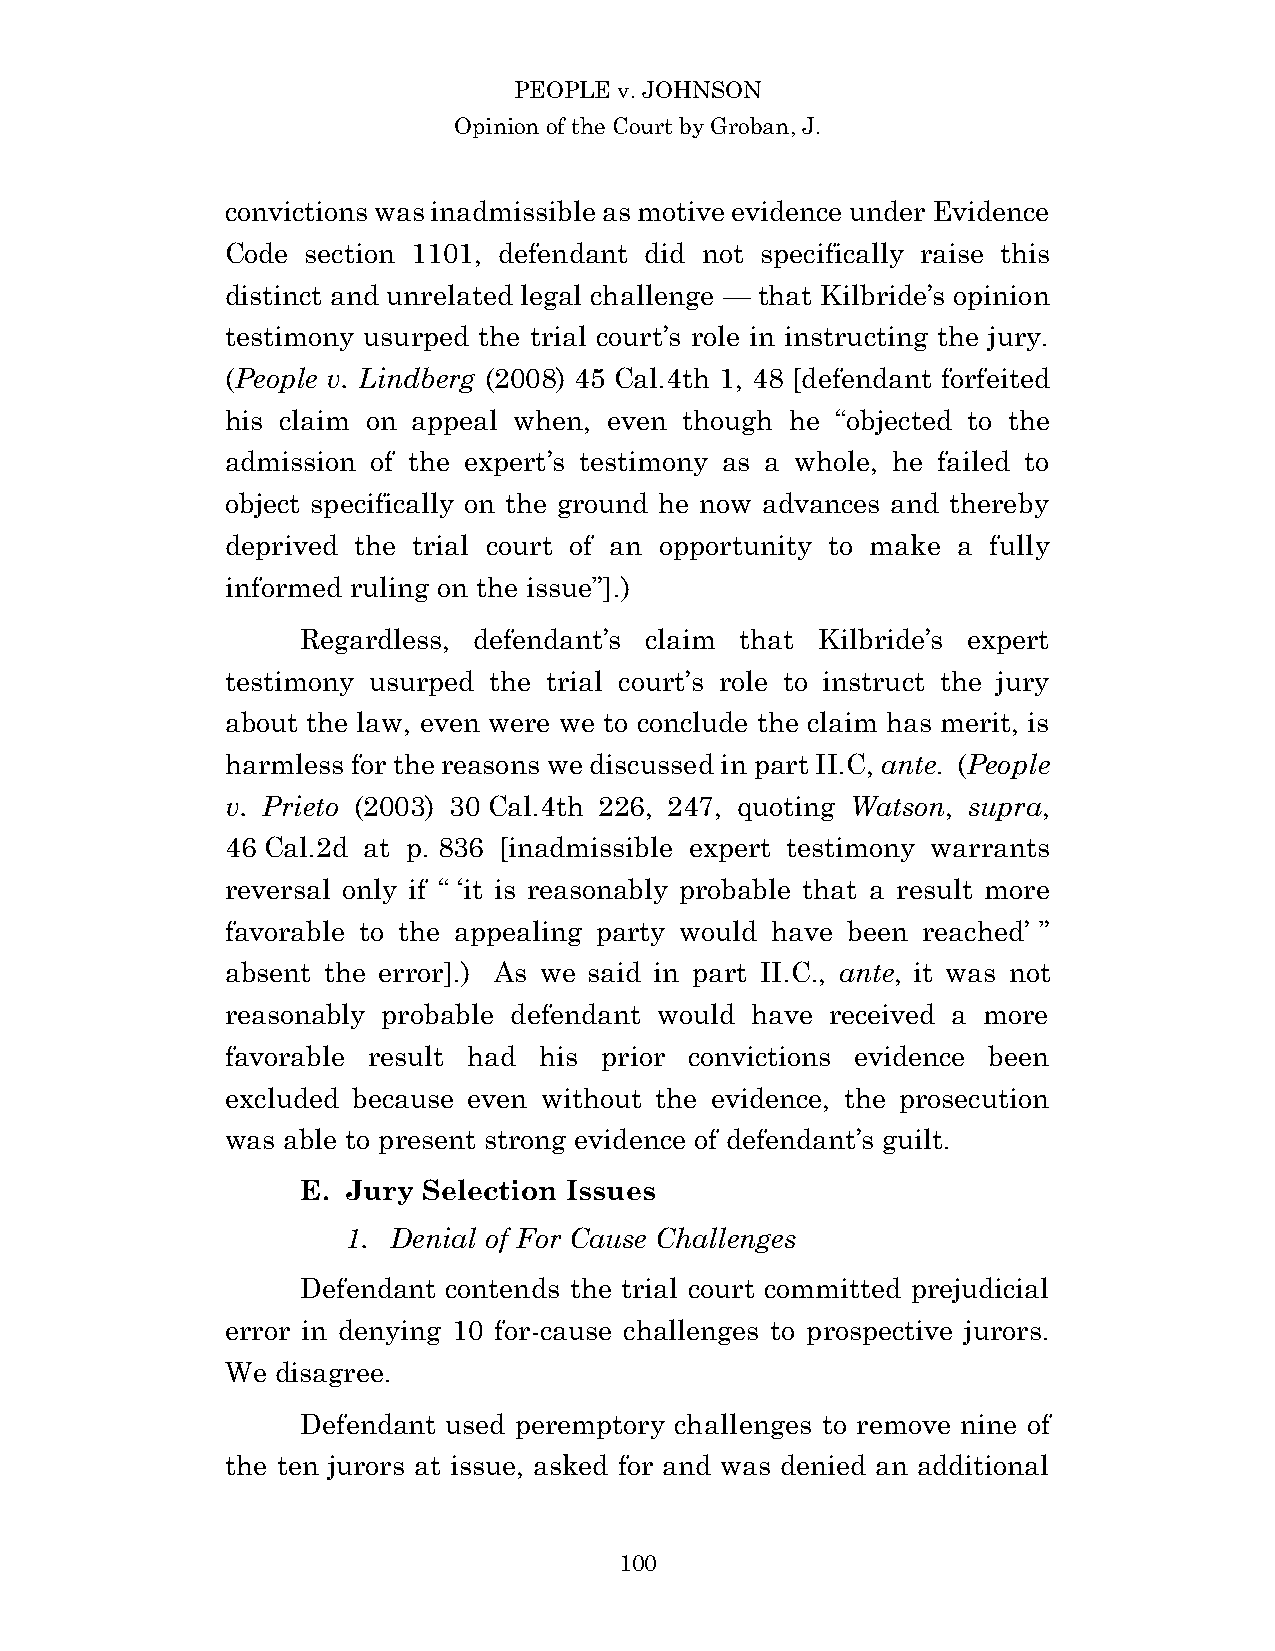
PEOPLE v. JOHNSON
 Opinion of the Court by Groban, J.
 convictions was inadmissible as motive evidence under Evidence
 Code section 1101, defendant did not specifically raise this
 distinct and unrelated legal challenge — that Kilbride’s opinion
 testimony usurped the trial court’s role in instructing the jury.
 (People v. Lindberg (2008) 45 Cal.4th 1, 48 [defendant forfeited
 his claim on appeal when, even though he “objected to the
 admission of the expert’s testimony as a whole, he failed to
 object specifically on the ground he now advances and thereby
 deprived the trial court of an opportunity to make a fully
 informed ruling on the issue”].)
 Regardless, defendant’s claim that Kilbride’s expert
 testimony usurped the trial court’s role to instruct the jury
 about the law, even were we to conclude the claim has merit, is
 harmless for the reasons we discussed in part II.C, ante. (People
 v. Prieto (2003) 30 Cal.4th 226, 247, quoting Watson, supra,
 46 Cal.2d at p. 836 [inadmissible expert testimony warrants
 reversal only if “ ‘it is reasonably probable that a result more
 favorable to the appealing party would have been reached’ ”
 absent the error].) As we said in part II.C., ante, it was not
 reasonably probable defendant would have received a more
 favorable result had his prior convictions evidence been
 excluded because even without the evidence, the prosecution
 was able to present strong evidence of defendant’s guilt.
 E. Jury Selection Issues
 1. Denial of For Cause Challenges
 Defendant contends the trial court committed prejudicial
 error in denying 10 for-cause challenges to prospective jurors.
 We disagree.
 Defendant used peremptory challenges to remove nine of
 the ten jurors at issue, asked for and was denied an additional
 10 0